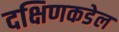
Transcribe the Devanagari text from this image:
दक्षिणकडेल